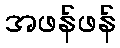
အဖန်ဖန်